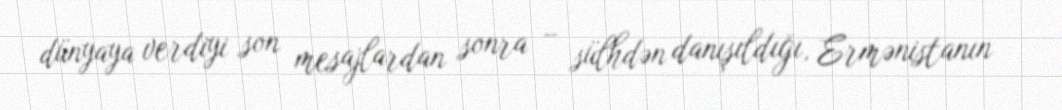
dünyaya verdiyi son mesajlardan sonra – sülhdən danışıldığı, Ermənistanın